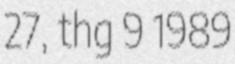
27, thg 9 1989